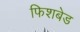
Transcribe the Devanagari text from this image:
फिशबेड